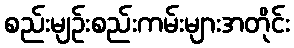
စည်းမျဉ်းစည်းကမ်းများအတိုင်း